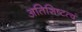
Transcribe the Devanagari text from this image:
अतिशिष्टत्वं